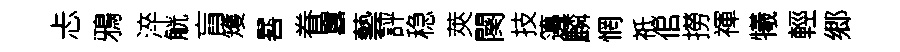
忐鴉淬觥肓矱晷眷囂藝評稳莢闋技籩麟惘祗佀撈禈犧輕郷